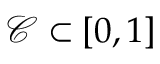
{ \mathcal { C } } \subset [ 0 , 1 ]